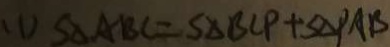
( 1 ) S _ { \Delta } A B C = S _ { \Delta } B C P + S _ { \Delta } P A B